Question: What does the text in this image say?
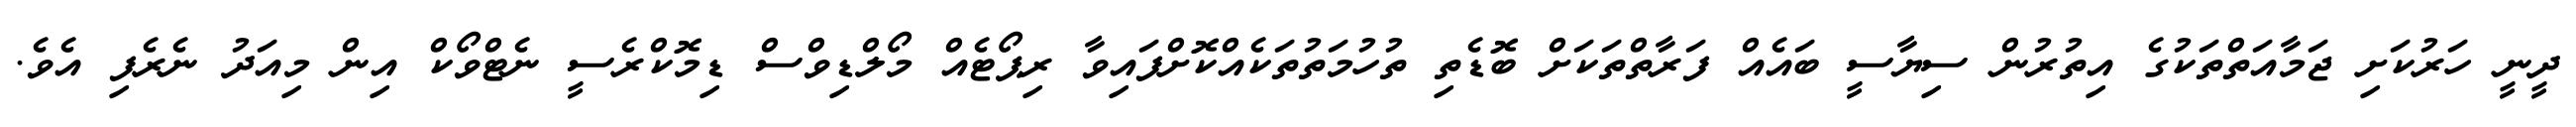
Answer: ދީނީ ހަރުކަށި ޖަމާއަތްތަކުގެ އިތުރުން ސިޔާސީ ބައެއް ފަރާތްތަކަށް ބޮޑެތި ތުހުމަތުތަކެއްކޮށްފައިވާ ރިޕޯޓެއް މޯލްޑިވްސް ޑިމޮކްރެސީ ނެޓްވޯކް އިން މިއަދު ނެރެފި އެވެ.